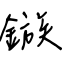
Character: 鏃